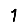
Digit: 1